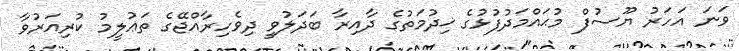
ވަނަ އަހަރު ޔޫސުފް މުޙައްމަދުފުޅުގެ ޚިދުމަތުގެ ދާއިރާ ބަދަލުވީ ދިވެހިރާއްޖޭގެ ތަޢުލީމު ކުރިއަރުވާ